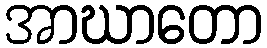
အာဃာတော